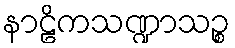
နာဠိကသဏ္ဍာသဉ္စ